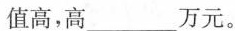
值高，高___万元。